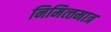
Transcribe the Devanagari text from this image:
निमित्‍तमात्र